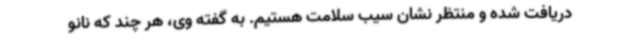
دریافت شده و منتظر نشان سیب سلامت هستیم. به گفته وی، هر چند که نانو